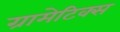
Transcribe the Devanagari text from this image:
ग्रामेटिक्स